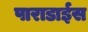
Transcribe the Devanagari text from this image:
पाराडाईस